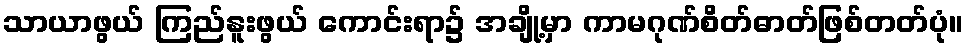
သာယာဖွယ် ကြည်နူးဖွယ် ကောင်းရာ၌ အချို့မှာ ကာမဂုဏ်စိတ်ဓာတ်ဖြစ်တတ်ပုံ။